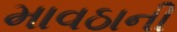
માવઠાની